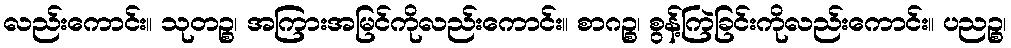
လည်းကောင်း။ သုတဉ္စ၊ အကြားအမြင်ကိုလည်းကောင်း။ စာဂဉ္စ၊ စွန့်ကြဲခြင်းကိုလည်းကောင်း။ ပညဉ္စ၊